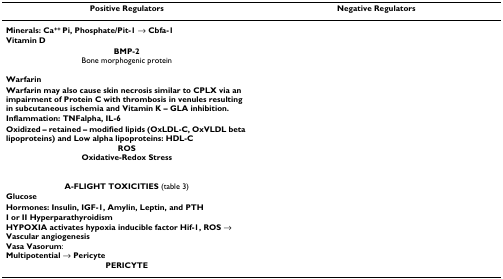
<table><thead><tr><td><b>Positive Regulators</b></td><td><b>Negative Regulators</b></td></tr></thead><tbody><tr><td><b>Minerals: Ca<sup>++ </sup>Pi, Phosphate/Pit-1 → Cbfa-1</b></td><td>[EMPTY_CELL]</td></tr><tr><td><b>Vitamin D</b></td><td>[EMPTY_CELL]</td></tr><tr><td><b>BMP-2</b>Bone morphogenic protein</td><td>[EMPTY_CELL]</td></tr><tr><td><b>Warfarin</b></td><td>[EMPTY_CELL]</td></tr><tr><td><b>Warfarin may also cause skin necrosis similar to CPLX via an impairment of Protein C with thrombosis in venules resulting in subcutaneous ischemia and Vitamin K – GLA inhibition.</b></td><td>[EMPTY_CELL]</td></tr><tr><td><b>Inflammation: TNFalpha, IL-6</b></td><td>[EMPTY_CELL]</td></tr><tr><td><b>Oxidized – retained – modified lipids (OxLDL-C, OxVLDL beta lipoproteins) and Low alpha lipoproteins: HDL-C</b></td><td>[EMPTY_CELL]</td></tr><tr><td><b>ROS</b><b>Oxidative-Redox Stress</b></td><td>[EMPTY_CELL]</td></tr><tr><td><b>A-FLIGHT TOXICITIES </b>(table 3)</td><td>[EMPTY_CELL]</td></tr><tr><td><b>Glucose</b></td><td>[EMPTY_CELL]</td></tr><tr><td><b>Hormones: Insulin, IGF-1, Amylin, Leptin, and PTH</b></td><td>[EMPTY_CELL]</td></tr><tr><td><b>I or II Hyperparathyroidism</b></td><td>[EMPTY_CELL]</td></tr><tr><td><b>HYPOXIA activates hypoxia inducible factor Hif-1, ROS → Vascular angiogenesis</b><b>Vasa Vasorum</b>:<b>Multipotential → Pericyte</b></td><td>[EMPTY_CELL]</td></tr><tr><td><b>PERICYTE</b></td><td>[EMPTY_CELL]</td></tr></tbody></table>